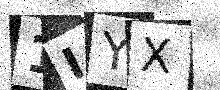
Text: 1IYX